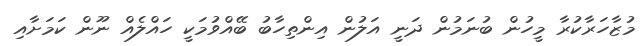
މުޒާހަރާކުރާ މީހުން ބުނަމުން ދަނީ އަލުން އިންތިހާބު ބޭއްވުމަކީ ހައްލެއް ނޫން ކަމަށާއި